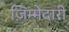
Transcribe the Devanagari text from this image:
ज़िम्मेदारी